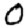
Digit: 0